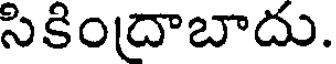
సికిందాబాదు.